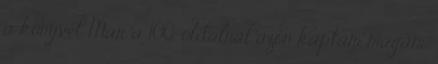
a könyvet Már a 100. oldalnál azon kaptam magam,